Vaccine operations Central Provinces 1868-1885 - 1868-1885
Year: 1868
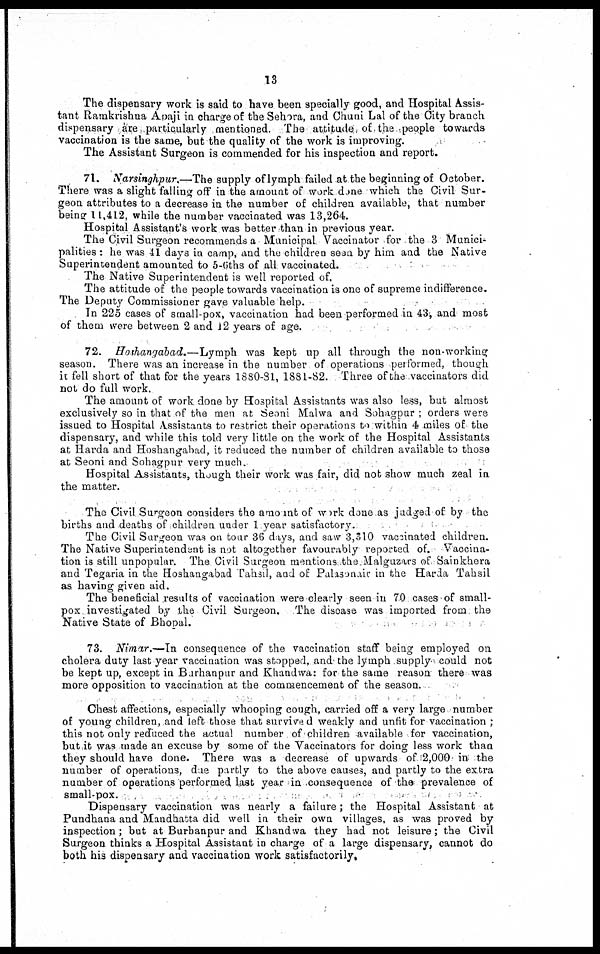
13
The dispensary work is said to have been specially good, and Hospital Assis-
tant Ramkrishna Apaji in charge of the Sehora, and Chuni Lal of the City branch
dispensary are particularly mentioned. The attitude of the people towards
vaccination is the same, but the quality of the work is improving.
The Assistant Surgeon is commended for his inspection and report.
71. Narsinghpur.—The supply of lymph failed at the beginning of October.
There was a slight falling off in the amount of work done which the Civil Sur-
geon attributes to a decrease in the number of children available, that number
being 11,412, while the number vaccinated was 13,264.
Hospital Assistant's work was better than in previous year.
The Civil Surgeon recommends a Municipal Vaccinator for the 3 Munici-
palities : he was 41 days in camp, and the children seen by him and the Native
Superintendent amounted to 5-6ths of all vaccinated.
The Native Superintendent is well reported of.
The attitude of the people towards vaccination is one of supreme indifference.
The Deputy Commissioner gave valuable help.
In 225 cases of small-pox, vaccination had been performed in 43, and most
of them were between 2 and 12 years of age.
72. Hoshangabad.—Lymph was kept up all through the non-working
season. There was an increase in the number of operations performed, though
it fell short of that for the years 1880-81, 1881-82. Three of the vaccinators did
not do full work.
The amount of work done by Hospital Assistants was also less, but almost
exclusively so in that of the men at Seoni Malwa and Sohagpur ; orders were
issued to Hospital Assistants to restrict their operations to within 4 miles of the
dispensary, and while this told very little on the work of the Hospital Assistants
at Harda and Hoshangabad, it reduced the number of children available to those
at Seoni and Sohagpur very much.
Hospital Assistants, though their work was fair, did not show much zeal in
the matter.
The Civil Surgeon considers the amount of work done as judged of by the
births and deaths of children under 1 year satisfactory.
The Civil Surgeon was on tour 36 days, and saw 3,310 vaccinated children.
The Native Superintendent is not altogether favourably reported of. Vaccina-
tion is still unpopular. The Civil Surgeon mentions the Malguzars of Sainkhera
and Tegaria in the Hoshangabad Tahsil, and of Palasonair in the Harda Tahsil
as having given aid.
The beneficial results of vaccination were clearly seen in 70 cases of small-
pox investigated by the Civil Surgeon. The disease was imported from the
Native State of Bhopal.
73. Nimar.—In consequence of the vaccination staff being employed on
cholera duty last year vaccination was stopped, and' the lymph supply could not
be kept up, except in Barhanpur and Khandwa: for the same reason there was
more opposition to vaccination at the commencement of the season.
Chest affections, especially whooping cough, carried off a very large number
of young children, and left those that survive d weakly and unfit for vaccination ;
this not only reduced the actual number of children -available for vaccination,
but it was made an excuse by some of the Vaccinators for doing less work than
they should have done. There was a decrease of upwards of 2,000 in the
number of operations, due partly to the above causes, and partly to the extra
number of operations performed last year in consequence of the prevalence of
small-pox.
Dispensary vaccination was nearly a failure; the Hospital Assistant at
Pundhana and Mandhatta did well in their own villages, as was proved by
inspection; but at Burhanpur and Khandwa they had not leisure; the Civil
Surgeon thinks a Hospital Assistant in charge of a large dispensary, cannot do
both his dispensary and vaccination work satisfactorily.